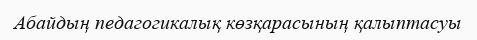
Абайдың педагогикалық көзқарасының қалыптасуы